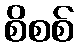
စိစစ်